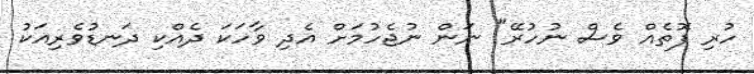
ހުރި ފޮތެއް ވެސް ނުހުރޭ" ނަން ނުޖެހުމަށް އެދި ވާހަކަ ދެއްކި ދަނޑުވެރިއަކު